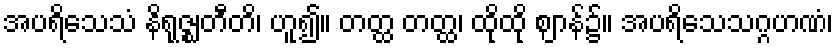
အပရိသေသံ နိရုဇ္ဈတီတိ၊ ဟူ၍။ တတ္ထ တတ္ထ၊ ထိုထို ဈာန်၌။ အပရိသေသဂ္ဂဟဏံ၊